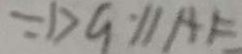
= D G / / A E